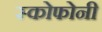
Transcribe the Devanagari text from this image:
स्कोफोनी